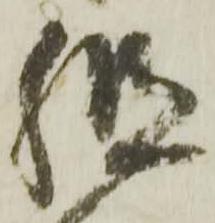
組